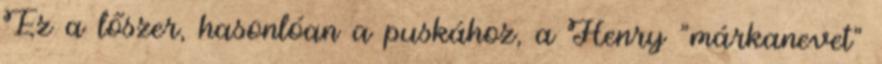
Ez a lőszer, hasonlóan a puskához, a Henry "márkanevet"